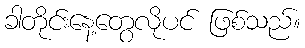
ခါတိုင်းနေ့တွေလိုပင် ဖြစ်သည်။